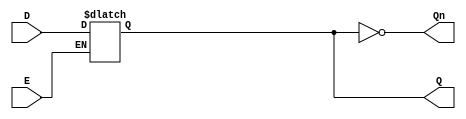
module GatedDLatch (
    input wire D,        // Data input
    input wire E,        // Enable input
    output reg Q,        // Output
    output wire Qn       // Complement of Q
);

    // Complement of Q
    assign Qn = ~Q;

    // Always block that captures the value of D when E is high
    always @(*) begin
        if (E) begin
            Q <= D;    // Capture D when Enable is high
        end
        // When E is low, Q retains its last value (implicit behavior of reg)
    end
    
endmodule